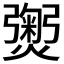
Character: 𭶡